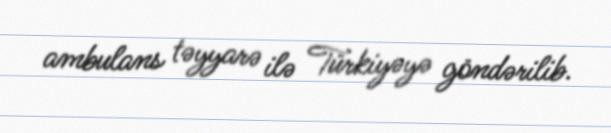
ambulans təyyarə ilə Türkiyəyə göndərilib.